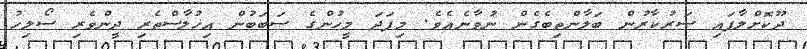
ދޫކޮށްލާފައި ސަރުކާރުން ބަލާންތިބެގެން ނުވާނެއެވެ. މިފަދަ މީހުންގެ ސަބަބުން އިޚުލާސްތެރި ދީންވެރި ސޯލިހު